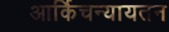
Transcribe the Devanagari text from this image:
आर्किचन्यायतन